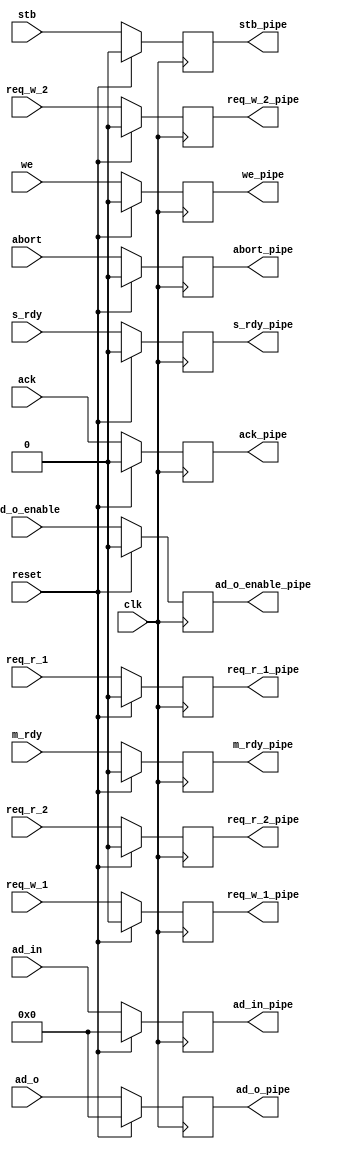
`timescale 1ns / 1ps
//////////////////////////////////////////////////////////////////////////////////
// Company: 
// Engineer: 
// 
// Design Name: 
// Module Name:    bus_master_pipeline 
// Project Name: 
// Target Devices: 
// Tool versions: 
// Description: 
//
// Dependencies: 
//
// Revision: 
// Revision 0.01 - File Created
// Additional Comments: 
//
//////////////////////////////////////////////////////////////////////////////////
module bus_master_pipeline(
		input reset,
		input clk,
		//slave signals
		input ack,
		output reg ack_pipe,
		
		input req_w_1,
		output reg req_w_1_pipe,
		
		input req_w_2,
		output reg req_w_2_pipe,
		
		input req_r_1,
		output reg req_r_1_pipe,
		
		input req_r_2,
		output reg req_r_2_pipe,
		
		input [31:0] ad_in,
		output reg [31:0] ad_in_pipe,
		
		input s_rdy,
		output reg s_rdy_pipe,
		
		input abort,
		output reg abort_pipe,
		
		//master signals
		input [31:0] ad_o,
		output reg [31:0] ad_o_pipe,
		
		input ad_o_enable,
		output reg ad_o_enable_pipe,
		
		input stb,
		output reg stb_pipe,
		
		input we,
		output reg we_pipe,
		
		input m_rdy,
		output reg m_rdy_pipe
    );

always@(posedge clk) begin
	if(reset) begin
		ack_pipe<=1'b0;
		req_w_1_pipe<=1'b0;
		req_w_2_pipe<=1'b0;
		req_r_1_pipe<=1'b0;
		req_r_2_pipe<=1'b0;
		ad_in_pipe<=32'b0;
		s_rdy_pipe<=1'b0;
		abort_pipe<=1'b0;
	end else begin
		ack_pipe<=ack;
		req_w_1_pipe<=req_w_1;
		req_w_2_pipe<=req_w_2;
		req_r_1_pipe<=req_r_1;
		req_r_2_pipe<=req_r_2;
		ad_in_pipe<=ad_in;
		s_rdy_pipe<=s_rdy;
		abort_pipe<=abort;
	end	
end	

always@(posedge clk) begin
	if(reset) begin
		ad_o_pipe<=32'b0;
		ad_o_enable_pipe<=1'b0;
		stb_pipe<=1'b0;
		we_pipe<=1'b0;
		m_rdy_pipe<=1'b0;
	end else begin
		ad_o_pipe<=ad_o;
		ad_o_enable_pipe<=ad_o_enable;
		stb_pipe<=stb;
		we_pipe<=we;
		m_rdy_pipe<=m_rdy;
	end
end

endmodule